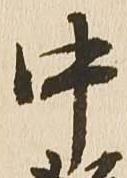
中